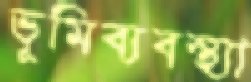
ভূমিব্যবস্থ্যা